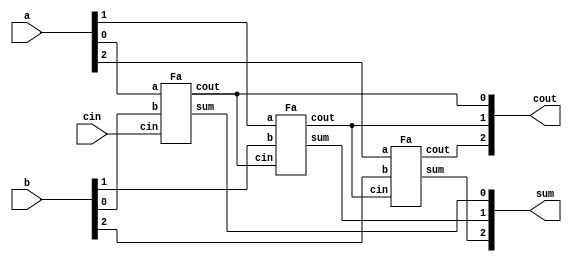
module top_module( 
    input [2:0] a, b,
    input cin,
    output [2:0] cout,
    output [2:0] sum );
    Fa a2(a[0],b[0],cin,cout[0],sum[0]);
    Fa a1(a[1],b[1],cout[0],cout[1],sum[1]);
    Fa a3(a[2],b[2],cout[1],cout[2],sum[2]);    

endmodule
module Fa(input a,b,cin,output cout,sum);
    assign sum=a^b^cin;
    assign cout=a&b | a&cin | b&cin;
endmodule